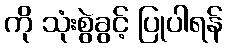
ကို သုံးစွဲခွင့် ပြုပါရန်